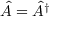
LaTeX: { \hat { A } } = { \hat { A } } ^ { \dagger }